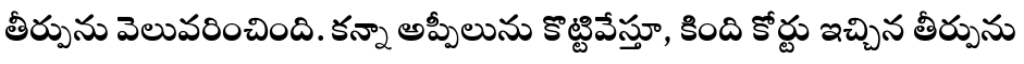
తీర్పును వెలువరించింది. కన్నా అప్పీలును కొట్టివేస్తూ, కింది కోర్టు ఇచ్చిన తీర్పును